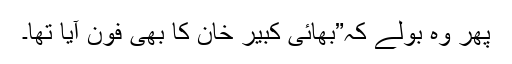
پھر وہ بولے کہ”بھائی کبیر خان کا بھی فون آیا تھا۔